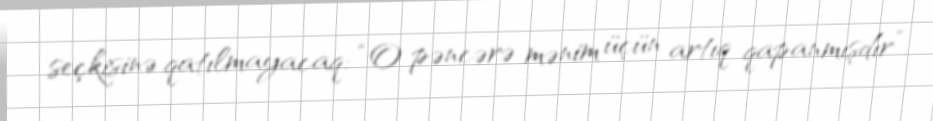
seçkisinə qatılmayacaq: “O pəncərə mənim üçün artıq qapanmışdır”.